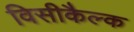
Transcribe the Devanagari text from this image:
विसीकैल्क